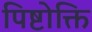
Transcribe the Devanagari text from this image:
पिष्टोक्ति